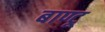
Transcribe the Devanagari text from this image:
बाण्टू